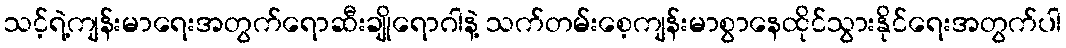
သင့်ရဲ့ကျန်းမာရေးအတွက်ရောဆီးချိုရောဂါနဲ့ သက်တမ်းစေ့ကျန်းမာစွာနေထိုင်သွားနိုင်ရေးအတွက်ပါ